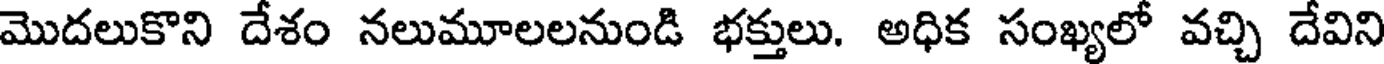
మొదలుకొని దేశం నలుమూలలనుండి భక్తులు. అధిక సంఖ్యలో వచ్చి దేవిని